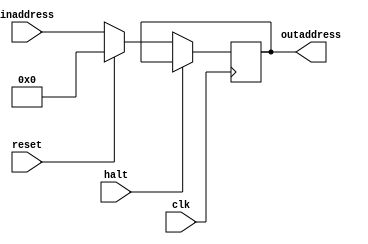
module PC(inaddress, outaddress, halt, clk, reset);
  input clk, reset;
  input[15:0] inaddress;
  input halt;
  reg [15:0] novo;
  output reg [15:0] outaddress;

	always@(*)
	begin
		novo = inaddress;
	end

  always@(posedge clk)
  begin
    if(halt)
      begin //faz nada
      end
    else if(reset)
      outaddress = 0;
    else
      outaddress = novo;
  end
endmodule